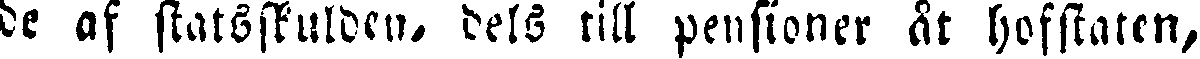
de af statsskulden, dels till pensioner ät hofstaten,